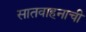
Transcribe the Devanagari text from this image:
सातवाहनाची